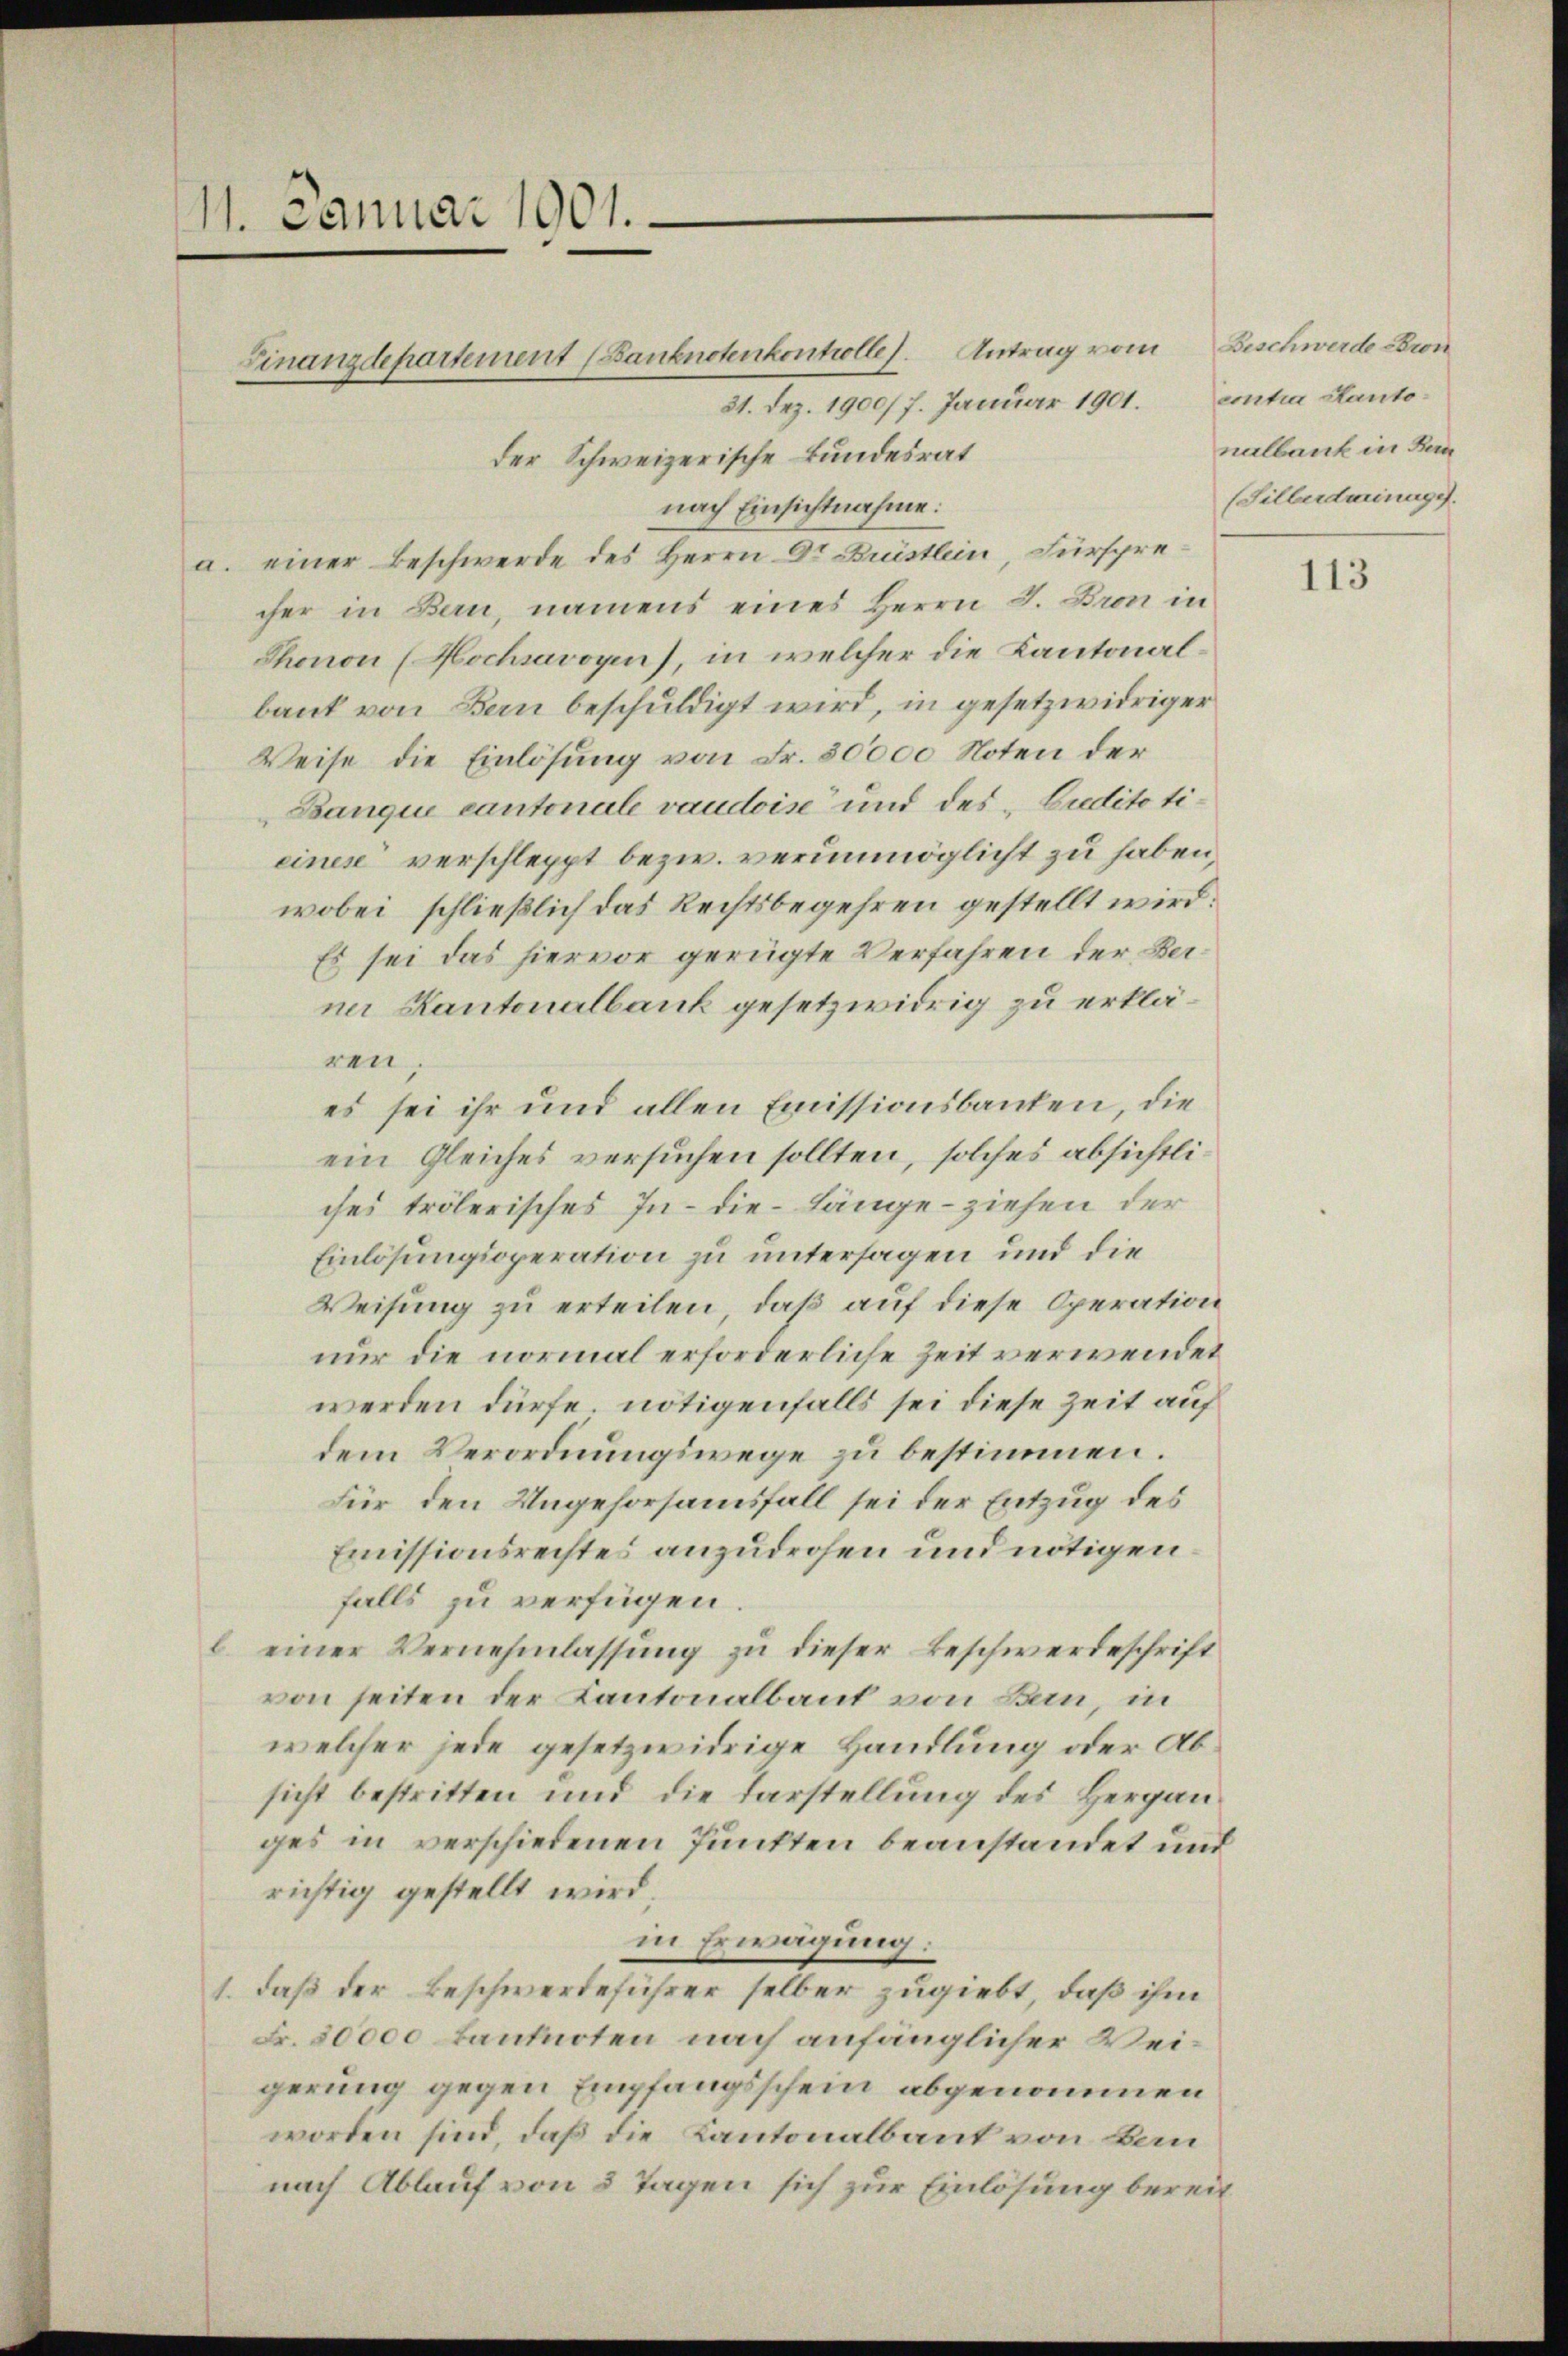
11. Januar 1901.

Finanzdepartement (Banknotenkontrolle. Antrag vom Beschwerde-Dion
31. Dez. 1900/ 7. Januar 1901. contra Kantoder Schweizerische Bundesrat
nach Einsichtnahme:
a. einer Beschwerde des Herrn Dr Brüstlein, Fürsprecher in Bern, namens eines Herrn J. Bron in
Thonon (Hochsavoren), in welcher die Kantonalbank von Bern beschuldigt wird, in gesetzwidriger
Weise die Einlösung von Fr. 80000 Noten der
Banque cantonale vaudoise und des „Cuditotieines verschleppt bezw. verunmöglicht zu haben,
wobei, schließlich das Rechtsbegehren gestellt wird.
Es sei das hiervor gerügte Verfahren der Betner Kantonalbank gesetzwidrig zu erklären,
es sei ihr und allen Emissionsbauten, die
ein Gleiches versuchen sollten, solches absichtliches trölerisches In- die Länge ziehen der
Einlösungsoperation zu untersagen und die
Weisung zu erteilen, daß auf diese Operation
nur die normal erforderliche Zeit verwendet
werden dürfe, nötigenfalls sei diese Zeit auf
dem Verordnungswege zu bestimmen.
Für den Ungehorsamsfall sei der Entzug des
Emissionsrechtes anzudrohen und nötigen.
falls zu verfügen.
l. einer Vernehmlassŭng zu dieser Beschwerdeschrift
von seiten der Kantonalbaut von Bern, in
welcher jede gesetzwidrige Handlung oder Absicht bestritten und die Darstellung des Herganges in verschiedenen Punkten beanstandet und
richtig gestellt wird;
in Erwägung:
1. daß der Beschwerdeführer selber zugiebt, daß ihm
Fr. 20000 Banknoten nach anfänglicher Weigerung gegen Empfangsschein abgenommen
worden sind, daß die Kantonalbaut von Bau
nach Ablauf von 5 Tagen sich zur Einlösung bereit

nalbank in Ban
(Silberdarinage.

113